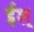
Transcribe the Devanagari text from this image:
ईश्